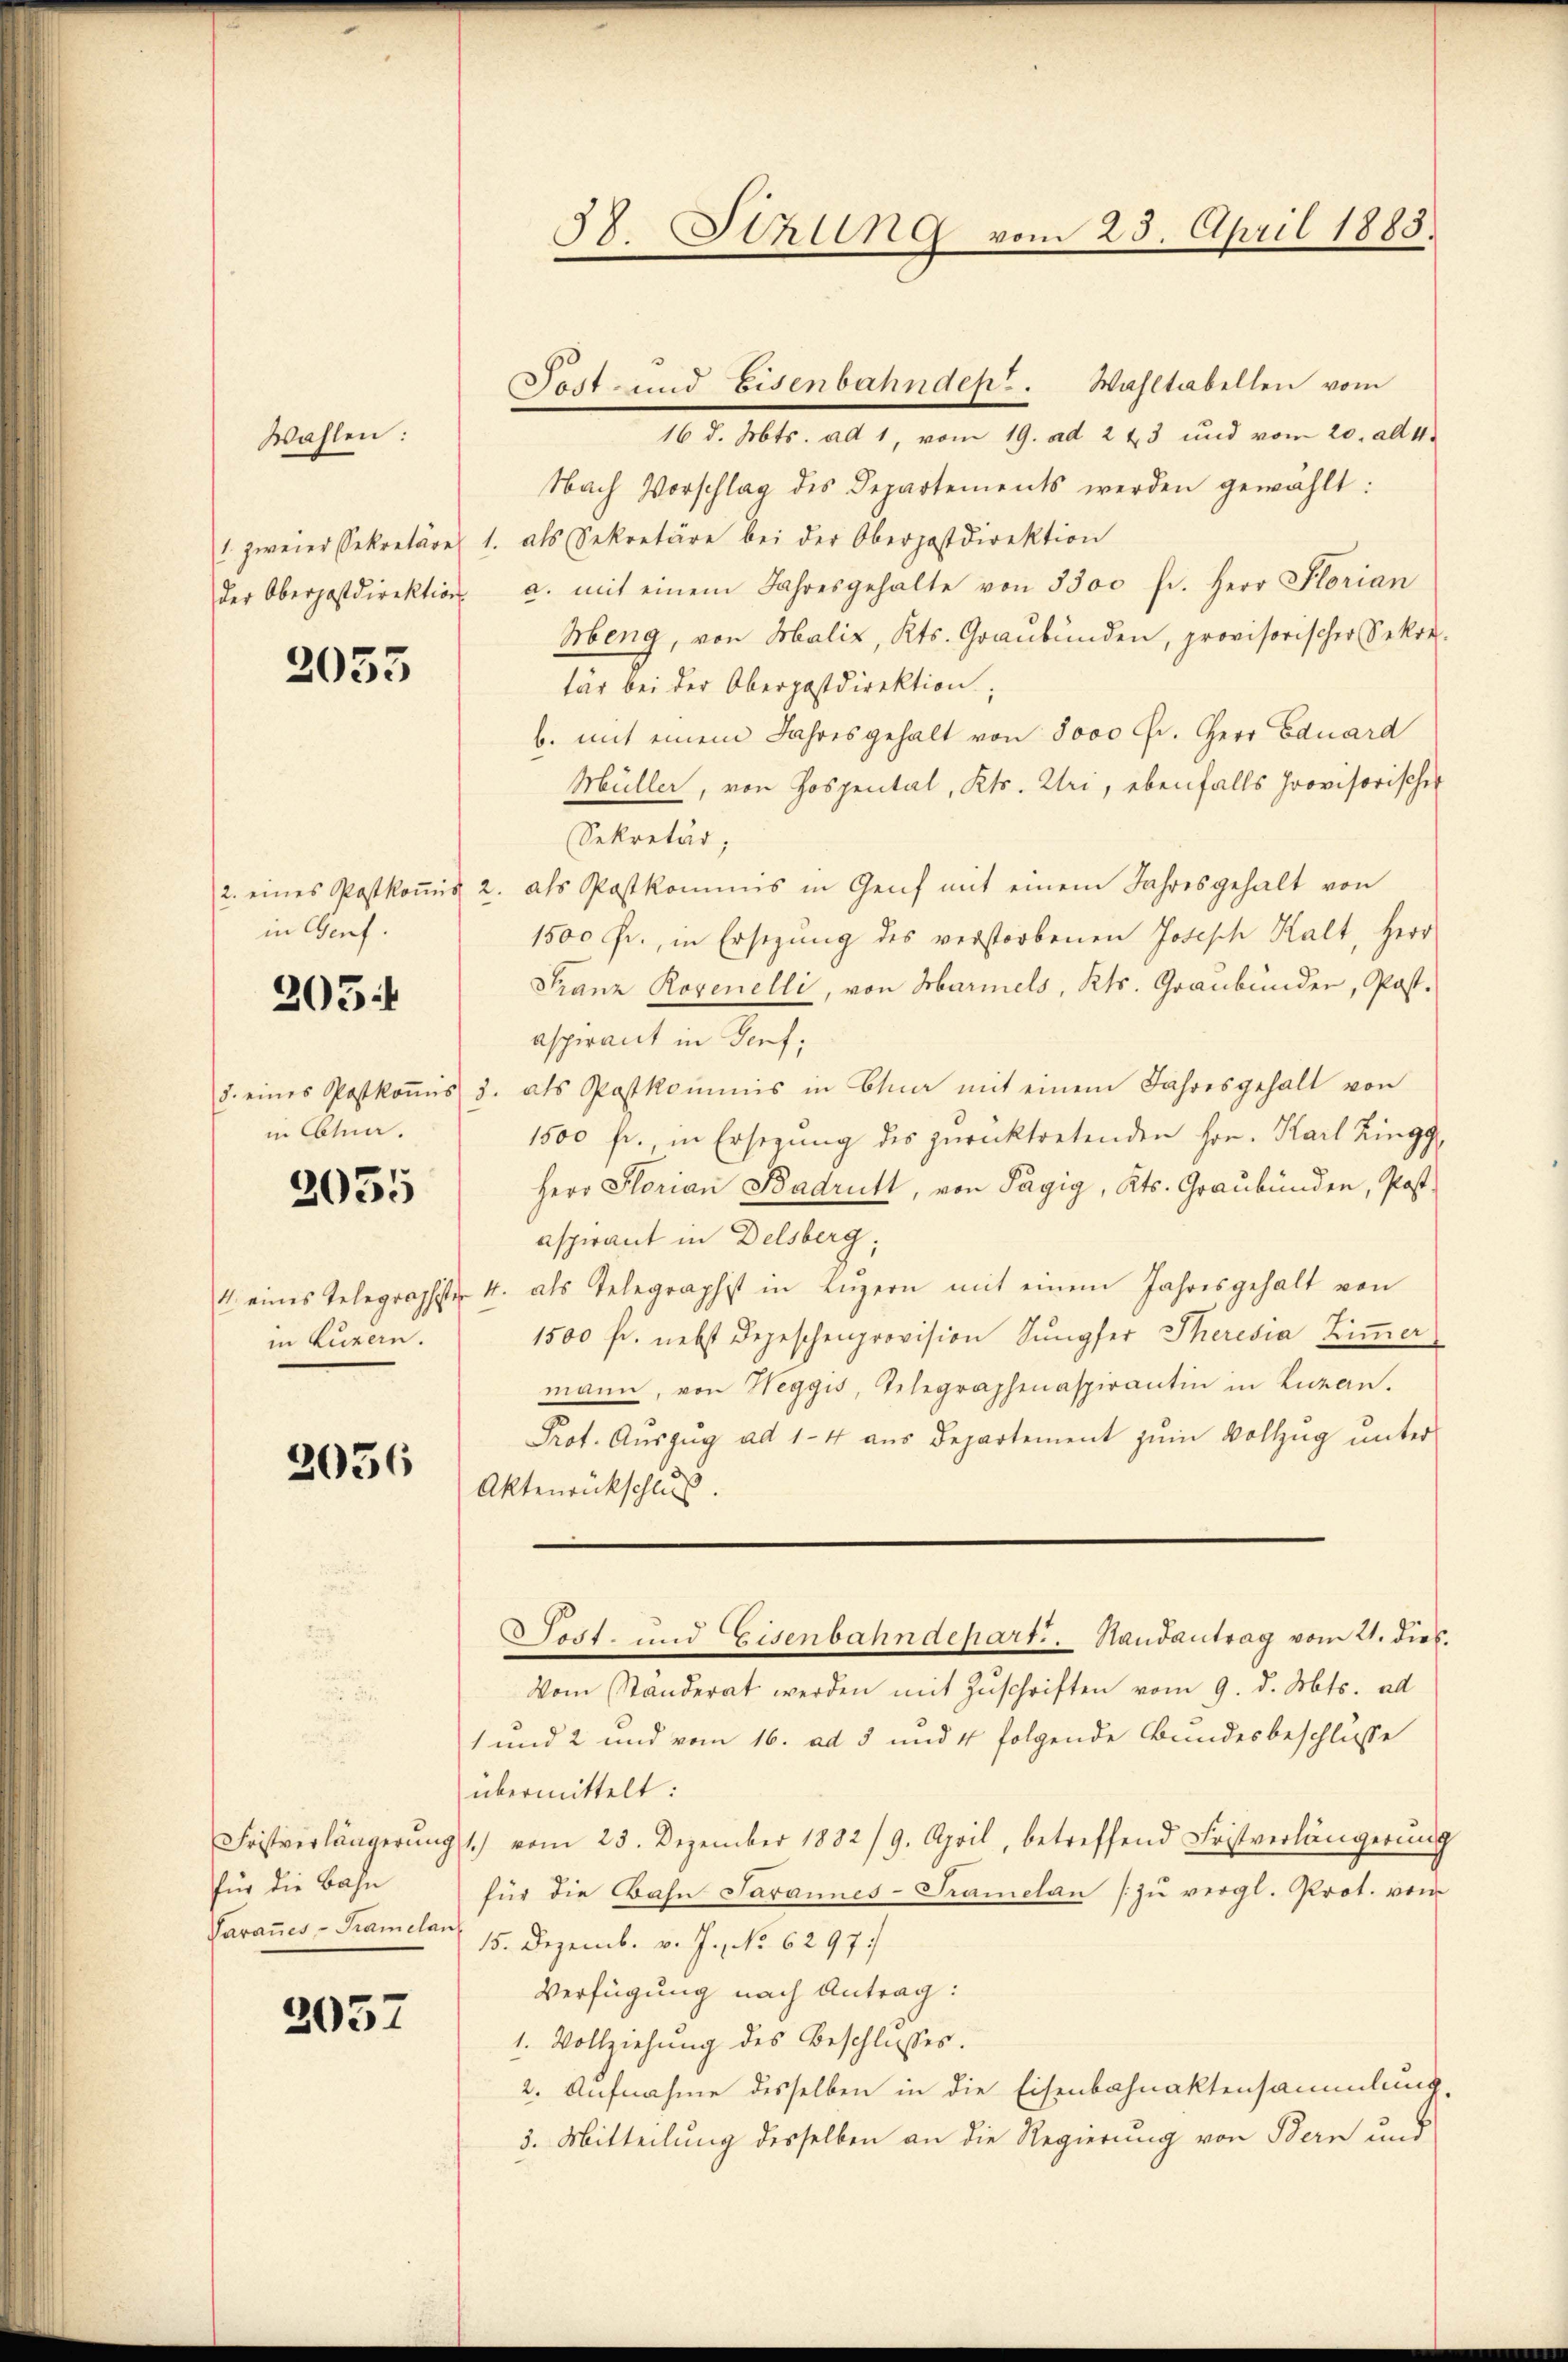
Wahlen:

2053

in Genf.
205
in Obtuar.

2055

in kuran

2036

für die Bahn

2057

16 d. Mts. ad 1, vom 19. ad 223 und vom 20. alt 4.
Nach Vorschlag des Departements werden gewählt:
1. zweier Sekretäre 1. als Sekretäre bei der Oberpostdirektion
der Oberpostdirektion a. mit einem Jahresgehalte von 3300 fr. Herr Florian
Meng, von Maliz, Kts. Graubünden, provisorischer Sekretär bei der Oberpostdirektion
b. mit einem Jahresgehalt von 8000 Fr. Herr Eduard
Müller, von Hospental, Kts. Uri, ebenfalls provisorischer
Sekretär,
2. eines Postkoṁis 2. als Postkommis in Genf mit einem Jahresgehalt von
1500 fr., in Ersezung des verstorbenen Joseph Kalt, Herr
Franz Rogenelli, von Harmels, Kts. Graubünder, Post.
aspirant in Genf,
d. eines Postkoṁis u. als Postkommnis in Euer mit einem Jahresgehalt von
1500 fr., in Ersezung des zurücktretenden Hrn. Karl Zingg
Herr Florian Badrutt, von Tagig, Kts. Graubünden, Post-
aspirant in Delsberg,
4 eines Telegraphister 4. als Telegraphist in Lŭzern mit einem Jahresgehalt von
1500 fr. nebst Depeschenprovision Sungfer Theresia Zimmer
mann, von Weggis, Telegraphenaspirantin in Luzern.
Prot. Aŭszŭg ad 1-4 aŭs Departement zŭm Vollzŭg ŭnter
Aktenrückschluß.
Lett- und Eisenbahndepart. Randantrag vom 21. dies
Vom Standerat werden mit Zŭschriften vom 9. d. Mts. ad
1 und 2 und vom 16. ad 5 und 4 folgende Bundesbeschlusse
übermittelt:
Fristverlängerŭng 1.) vom 23. Dezember 1882/9. April, betreffend Fristverlängerŭng
für die Bahn Parannes-Tramelan zŭ vergl. Prot. vom
Parannes - Krameler, 15. Dezemb. v. J., No 6297/
Verfügung nach Antrag:
1. Vollziehung des Beschlusses.
2. Aufnahme desselben in die Eisenbahnaktensammlung,
3. Mitteilung desselben an die Regierung von Bern und

Fest- und Eisenbahndept. Wahltabellen vom

38. Stzung vom 25. April 1883.